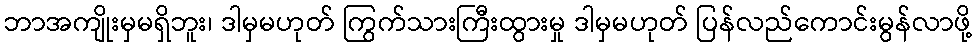
ဘာအကျိုးမှမရှိဘူး၊ ဒါမှမဟုတ် ကြွက်သားကြီးထွားမှု ဒါမှမဟုတ် ပြန်လည်ကောင်းမွန်လာဖို့